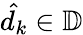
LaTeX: \hat{d_{k}}\in\mathbb{D}